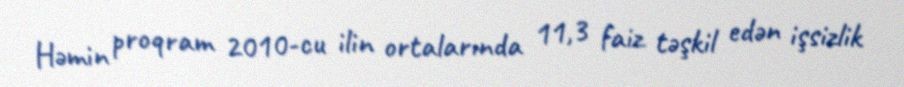
Həmin proqram 2010-cu ilin ortalarında 11,3 faiz təşkil edən işsizlik